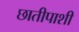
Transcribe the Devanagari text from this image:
छातीपाशी